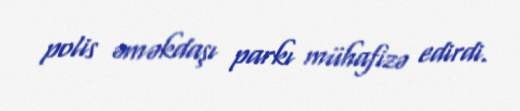
polis əməkdaşı parkı mühafizə edirdi.